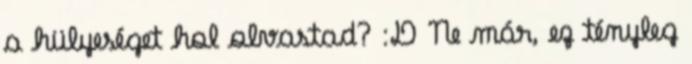
a hülyeséget hol olvastad? :D Ne már, ez tényleg